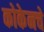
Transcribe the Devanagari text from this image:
कोकेनचे